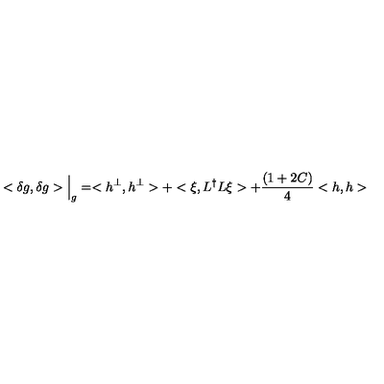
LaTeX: < { \delta } g , { \delta } g > \Big \vert _ { g } = < h ^ { \perp } , h ^ { \perp } > + < \xi , L ^ { \dag } L \xi > + { \frac { ( 1 + 2 C ) } { 4 } } < h , h >